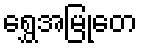
ရွှေအမြုတေ